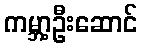
ကမ္ဘာ့ဦးဆောင်